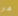
هو